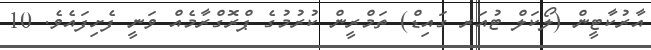
އާރުކާޓީން (ލޯކަލް ޓުއަރ ގައިޑް) ތަމްރީން ކުރުމުގެ ޕްރޮގްރާމެއް ވަނީ ފެށިފައެވެ. 10